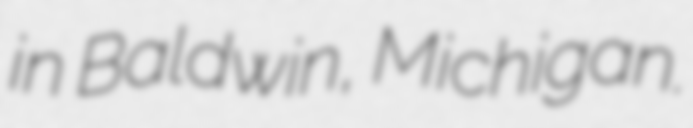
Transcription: in Baldwin, Michigan.